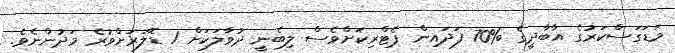
މަޑަގަސްކަރުގެ އާބާދީގެ %70 ފަދައިން ޕެޓްރިކަށްވެސް ލިބެނީ ދުވާލަކަށް 1 ޑޮލަރަށްވުރެ މަދުންނެވެ.